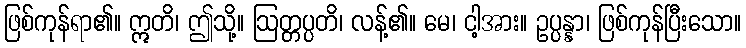
ဖြစ်ကုန်ရာ၏။ ဣတိ၊ ဤသို့။ ဩတ္တပ္ပတိ၊ လန့်၏။ မေ၊ ငါ့အား။ ဥပ္ပန္နာ၊ ဖြစ်ကုန်ပြီးသော။